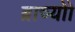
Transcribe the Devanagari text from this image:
ब्राच्योो